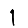
Digit: 1